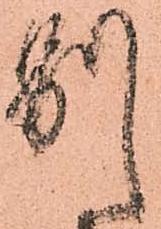
別